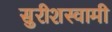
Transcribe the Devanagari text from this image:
सुरीशस्वामी